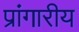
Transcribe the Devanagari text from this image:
प्रांगारीय